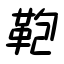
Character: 鞄